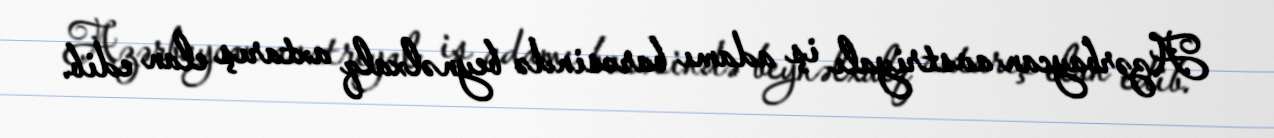
Azərbaycan avstriyalı iş adamı barəsində beynəlxalq axtarış elan edib.